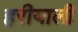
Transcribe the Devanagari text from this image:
हरीयाली